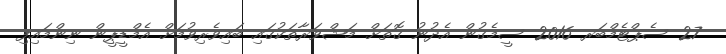
27 ސެޕްޓެމްބަރ 2016 ސީމެގުން އެދުނު ގޮޮތަށް މަޝްވަރާތަކުގައި ބައިވެރިވުމަށް އެމްޑީޕީން ނިންމައިފި